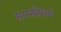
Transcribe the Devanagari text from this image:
सगर्भतेच्या